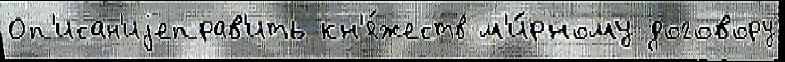
Оп'исан'иjеправ'ить кн'я́жеств м'и́рному договору